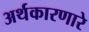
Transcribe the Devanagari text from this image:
अर्थकारणारे